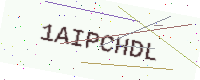
Text: 1AIPCHDL